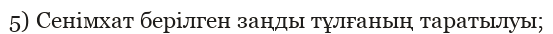
5) Сенімхат берілген заңды тұлғаның таратылуы;